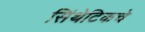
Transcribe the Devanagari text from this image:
सिंथेटिकचे